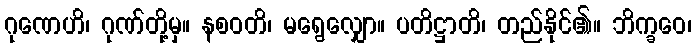
ဂုဏေဟိ၊ ဂုဏ်တို့မှ။ နစဝတိ၊ မရွေလျှော။ ပတိဋ္ဌာတိ၊ တည်နိုင်၏။ ဘိက္ခဝေ၊